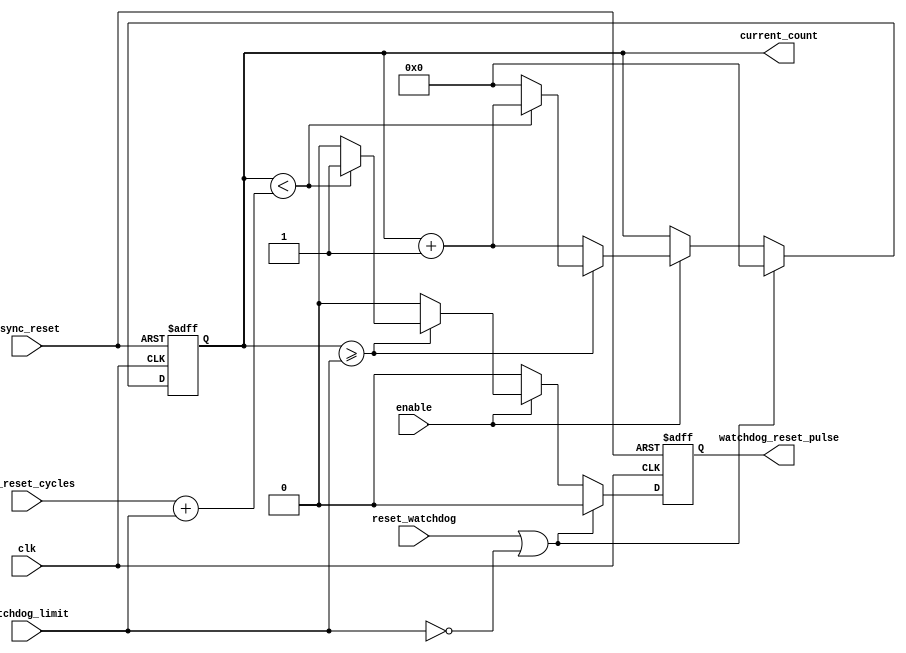

module hw_watchdog_timer
#(
parameter numbits = 32
)
(
input     wire clk,
input     wire  async_reset,
input     wire enable,
input     wire  reset_watchdog,
output reg watchdog_reset_pulse,
input wire [numbits-1:0] watchdog_limit,
input wire [numbits-1:0] num_reset_cycles,

//debug outputs
output reg [numbits-1:0] current_count = 0

);


always @(posedge clk or posedge async_reset)
begin
     if (async_reset)
	 begin
	      current_count <= 0;
		  watchdog_reset_pulse <= 0;
	 end else
	 begin
	      if (reset_watchdog || (watchdog_limit == 0))
		  begin
		         current_count <= 0;
				 watchdog_reset_pulse <= 0;
		  end else
		  begin
		        if (enable)
				begin
				     if (current_count >= watchdog_limit)
					 begin
					       if (current_count < (num_reset_cycles+watchdog_limit))
						   begin
						        //output reset pulse
					            current_count <= current_count + 1;
								watchdog_reset_pulse <= 1;
						   end else
						   begin
						        //start again
						        current_count <= 0;
								watchdog_reset_pulse <= 0;
						   end							
					 end else
					 begin
					       //everything is normal, increase count
					       current_count <= current_count + 1;
						   watchdog_reset_pulse <= 0;
					 end				    
				end else
				begin
				     //we are not enabled. Maintain count and do not assert reset.
				     current_count <= current_count;	
                     watchdog_reset_pulse <= 0;					 
				end		  
		  end	 
	 end
end

endmodule